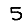
Digit: 5